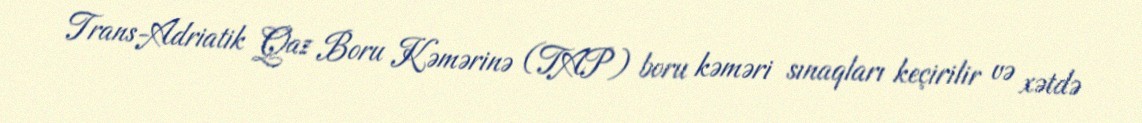
Trans-Adriatik Qaz Boru Kəmərinə (TAP) boru kəməri sınaqları keçirilir və xətdə